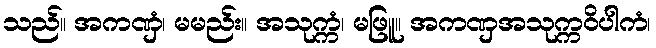
သည်။ အကဏှံ၊ မမည်း။ အသုက္ကံ၊ မဖြူ။ အကဏှအသုက္ကဝိပါကံ၊